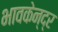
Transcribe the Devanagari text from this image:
भावकेन्द्र